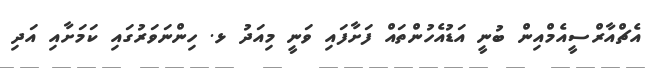
އެޗްއާރްސީއެމްއިން ބުނީ އަޑުއެހުންތައް ފަށާފައި ވަނީ މިއަދު ޅ. ހިންނަވަރުގައި ކަމަށާއި އަދި